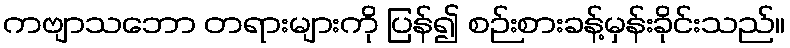
ကဗျာသဘော တရားများကို ပြန်၍ စဉ်းစားခန့်မှန်းခိုင်းသည်။